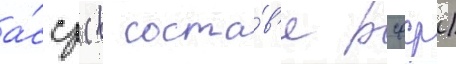
а́сср (в соста́в'е рсфср)